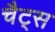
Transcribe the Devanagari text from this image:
चैट्स